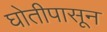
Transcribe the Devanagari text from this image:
घोतीपासून